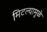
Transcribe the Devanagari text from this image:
मिटल्यामुळे